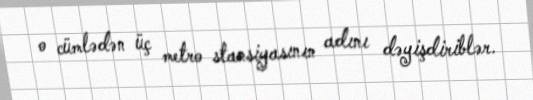
o cümlədən üç metro stansiyasının adını dəyişdiriblər.